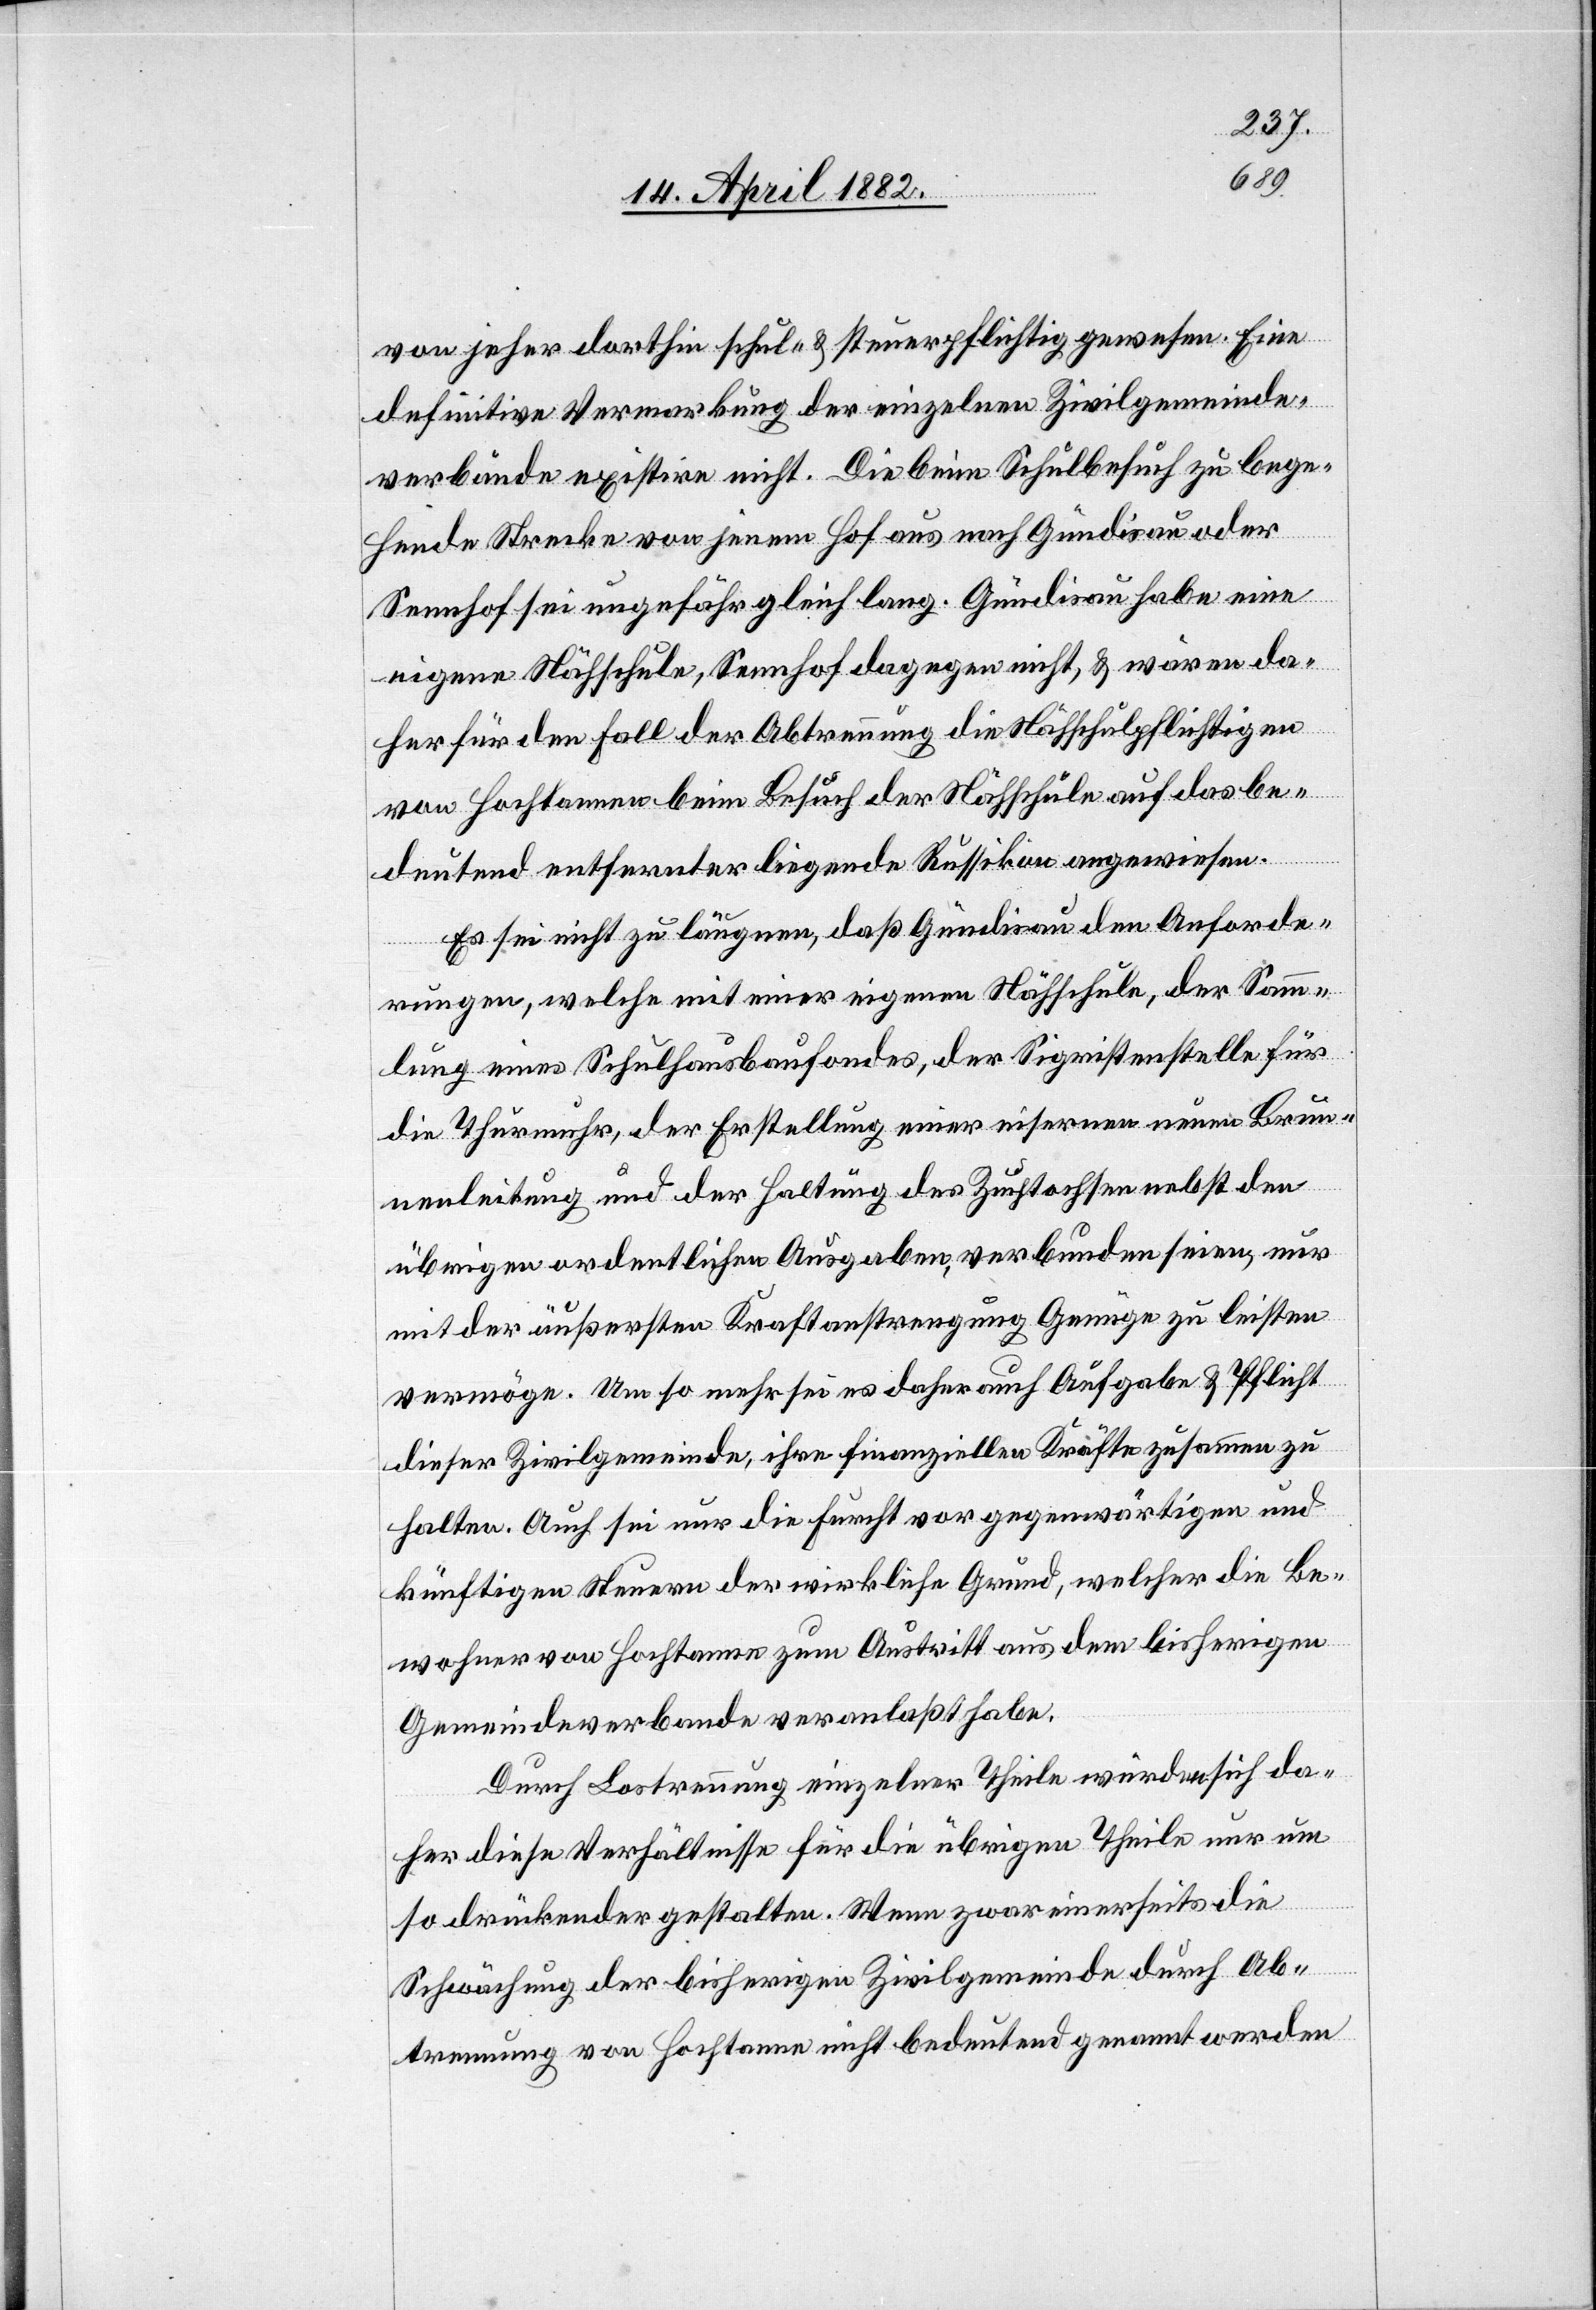
von jeher dorthin schul- & steuerpflichtig gewesen. Eine
definitive Vermarkung der einzelnen Zivilgemeinde¬
verbände existire nicht. Die beim Schulbesuch zu bege¬
hende Strecke von jenem Hof aus nach Gündisau oder
Sennhof sei ungefähr gleich lang. Gündisau habe eine
eigene Nähschule, Sennhof dagegen nicht, & wären da¬
her für den Fall der Abtrennung die Nähschulpflichtigen
von Hochtannen beim Besuch der Nähschule auf das be¬
deutend entfernter liegende Russikon angewiesen.
Es sei nicht zu läugnen, daß Gündisau den Anforde¬
rungen, welche mit einer eigenen Nähschule, der Samm¬
lung eines Schulhausbaufondes, der Sigristenstelle für
die Thurmuhr, der Erstellung einer eisernen neuen Brun¬
nenleitung und der Haltung des Zuchtochsen nebst den
übrigen ordentlichen Ausgaben, verbunden seien, nur
mit der äußersten Kraftanstrengung Genüge zu leisten
vermöge. Um so mehr sei es daher auch Aufgabe & Pflicht
dieser Zivilgemeinde, ihre finanziellen Kräfte zusammen zu
halten. Auch sei nur die Furcht vor gegenwärtigen und
künftigen Steuern der wirkliche Grund, welcher die Be¬
wohner von Hochtanne zum Austritt aus dem bisherigen
Gemeindeverbande veranlaßt habe.
Durch Lostrennung einzelner Theile würden sich da¬
her diese Verhältnisse für die übrigen Theile nur um
so drückender gestalten. Wenn zwar einerseits die
Schwächung der bisherigen Zivilgemeinde durch Ab¬
trennung von Hochtanne nicht bedeutend genannt werden